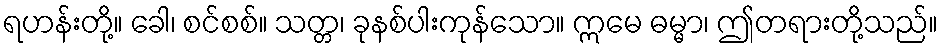
ရဟန်းတို့။ ခေါ၊ စင်စစ်။ သတ္တ၊ ခုနစ်ပါးကုန်သော။ ဣမေ ဓမ္မာ၊ ဤတရားတို့သည်။